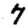
Digit: 7